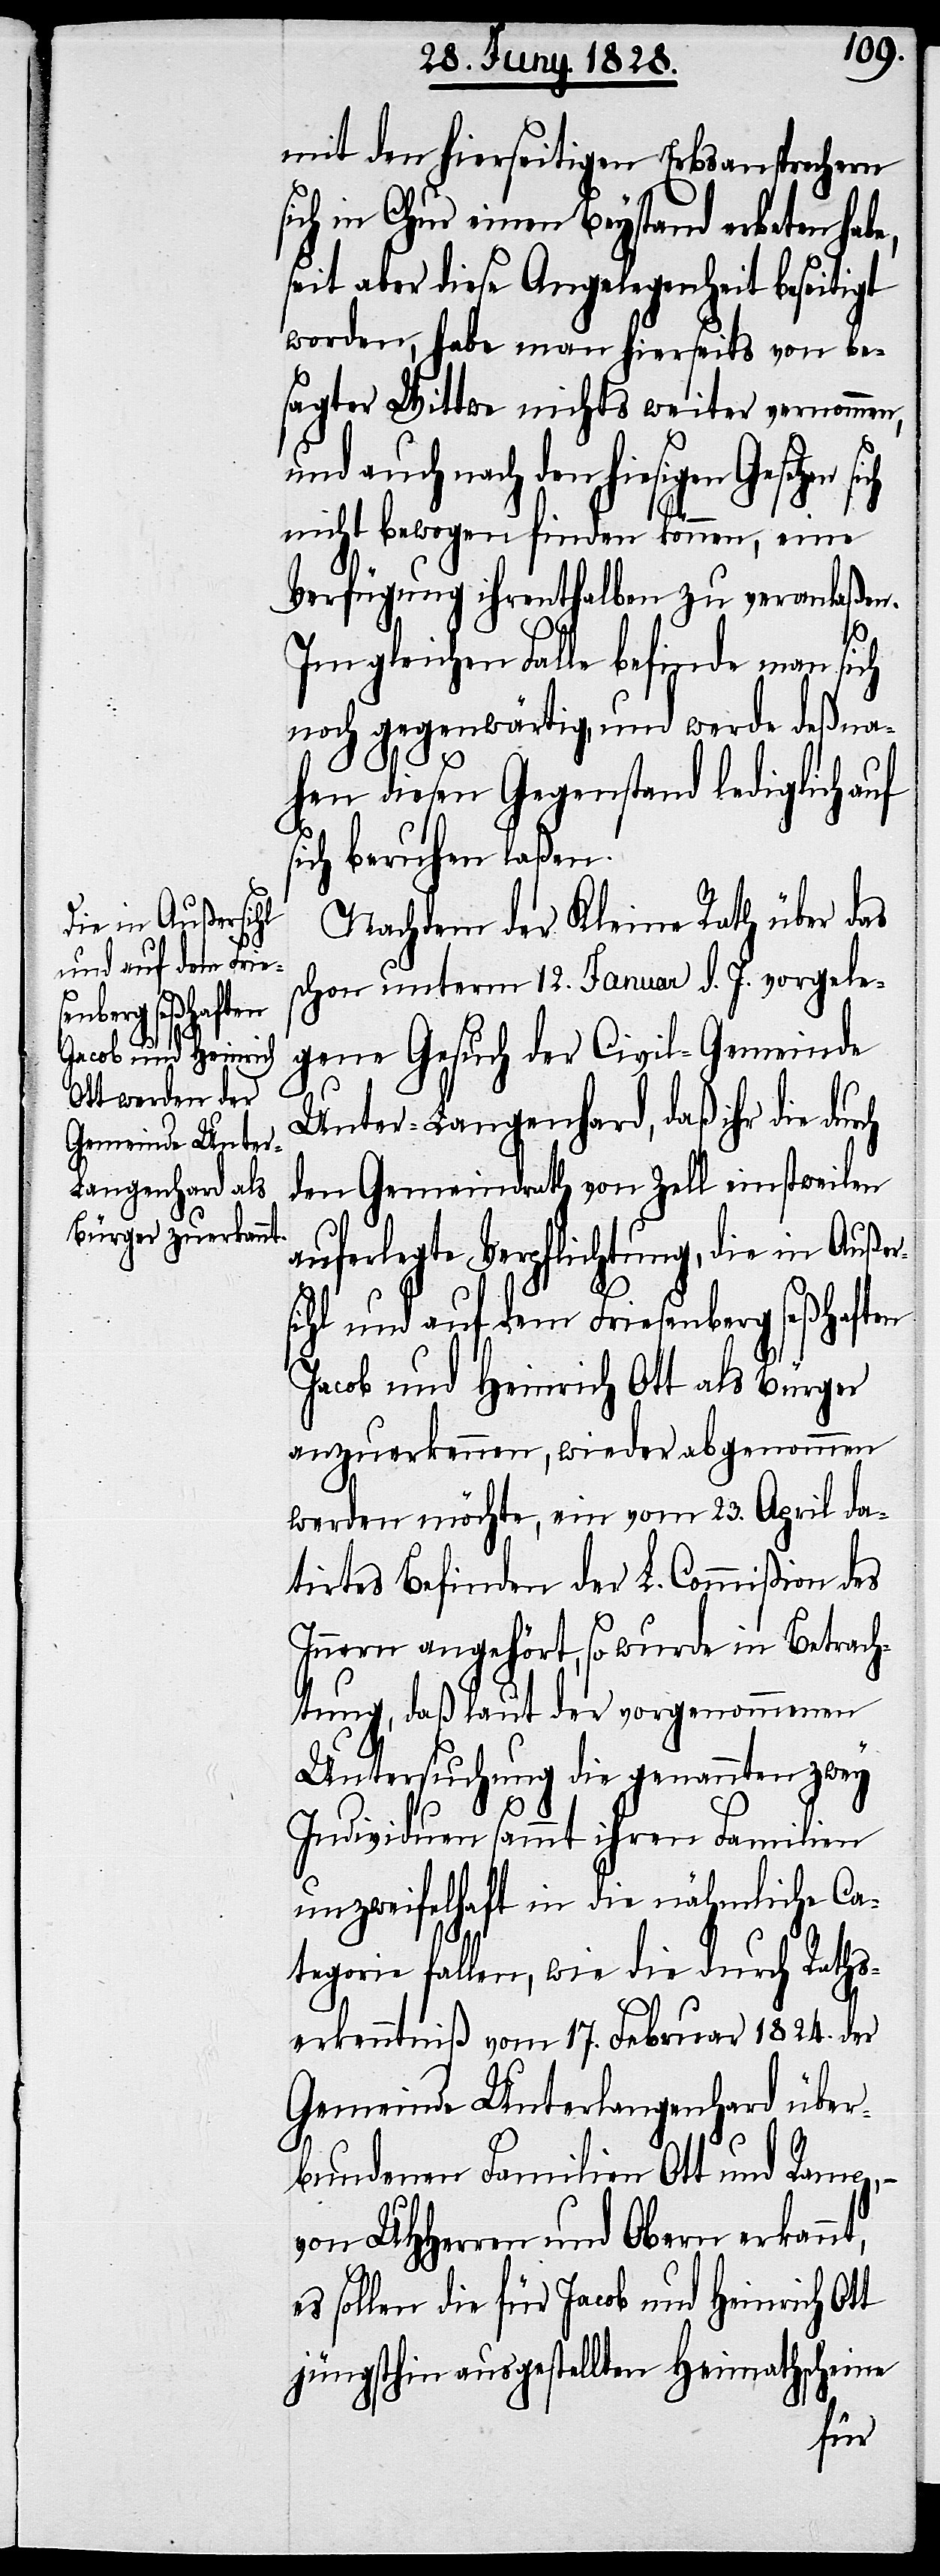
ch

mit den hierseitigen Erbsansprechern
sich in Chur einen Beystand erbeten hab¬
seit aber diese Angelegenheit beseitigt
worden, habe man hierseits von be¬
sagter Witte nichts weiter vernommen,
und auch nach den hiesigen
nicht bewogen finden können, eine
Verfügung ihrenthalben zu veranlaßen.
e,
Im gleichen Falle befinde man sich
noch gegenwärtig, und werde deßna¬
hen diesen Gegenstand lediglich auf
sich beruhen laßen.
Nachdem der Kleine Rath über das
schon unterm 12. Januar d. J. vorgele¬
gene Gesuch der Civil-Gemeinde
Unter-Langenhard, daß ihr die dur¬
den Gemeindrath von Zell einstweilen
auferlegte Verpflichtung, die in Außer¬
sihl und auf dem Friesenberg seßhaften
Jacob und Heinrich Ott als Bürger
anzuerkennen, wieder abgenommen
werden möchte, ein vom 23. April da¬
tirtes Befinden der L. Commißion des
Innern angehört, so wurde in Betrach¬
tung, daß laut der vorgenommenen
Untersuchung die genannten zwey
Individuen sammt ihren Familien
unzweifelhaft in die nähmliche Ca¬
tegorie fallen, wie die durch Raths¬
erkenntniß vom 17. Februar 1824. der
Gemeinde Unterlangenhard über¬
bundenen Familien Ott und Ramp, –
von UHHerren und Obern erkannt,
es sollen die für Jacob und Heinrich Ott
jüngsthin ausgestellten Heimathscheine